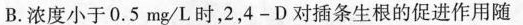
B.浓度小于0.5mg/L时，2，4-D对插条生根的促进作用随浓